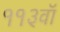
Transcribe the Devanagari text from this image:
११३वॉ